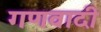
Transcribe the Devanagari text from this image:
गणवादी